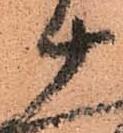
十